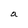
Character: a